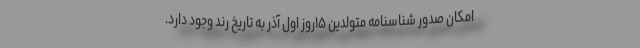
امکان صدور شناسنامه متولدین ۱۵روز اول آذر به تاریخ رُند وجود دارد.